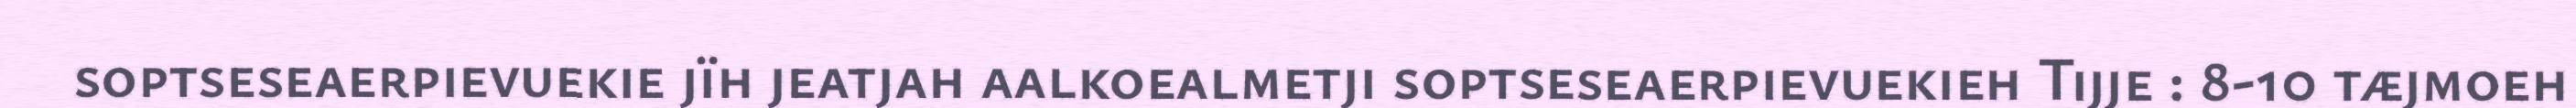
soptseseaerpievuekie jïh jeatjah aalkoealmetji soptseseaerpievuekieh Tijje : 8-10 tæjmoeh